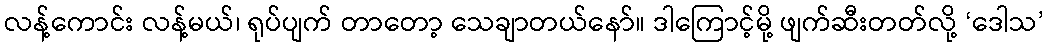
လန့်ကောင်း လန့်မယ်၊ ရုပ်ပျက် တာတော့ သေချာတယ်နော်။ ဒါကြောင့်မို့ ဖျက်ဆီးတတ်လို့ ‘ဒေါသ’